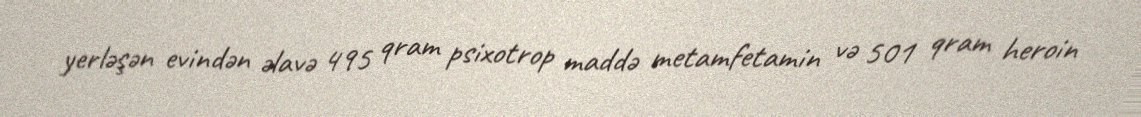
yerləşən evindən əlavə 495 qram psixotrop maddə metamfetamin və 501 qram heroin